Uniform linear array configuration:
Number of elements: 16
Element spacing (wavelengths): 0.75
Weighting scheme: binomial
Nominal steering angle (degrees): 45
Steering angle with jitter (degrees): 43.47
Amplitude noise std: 0.05
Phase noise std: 0.05

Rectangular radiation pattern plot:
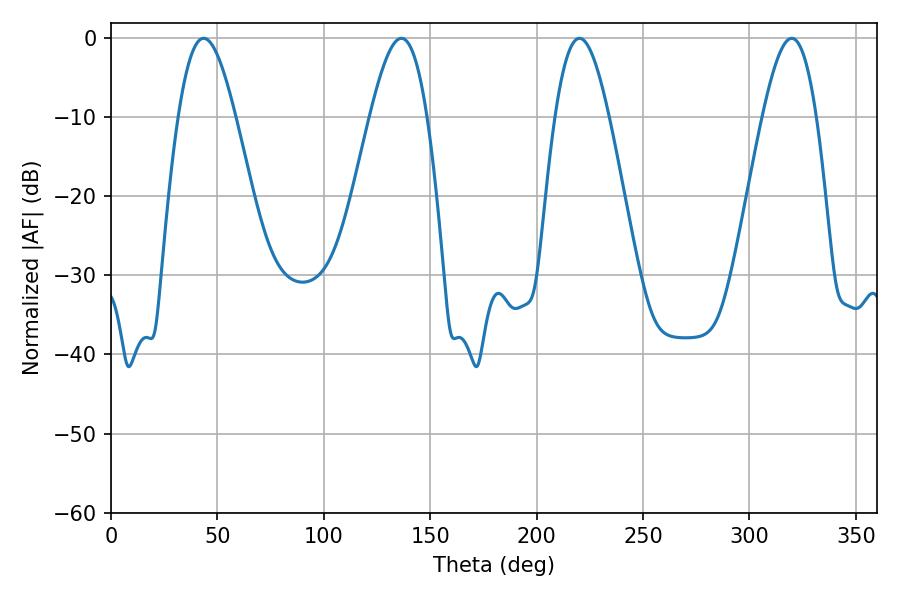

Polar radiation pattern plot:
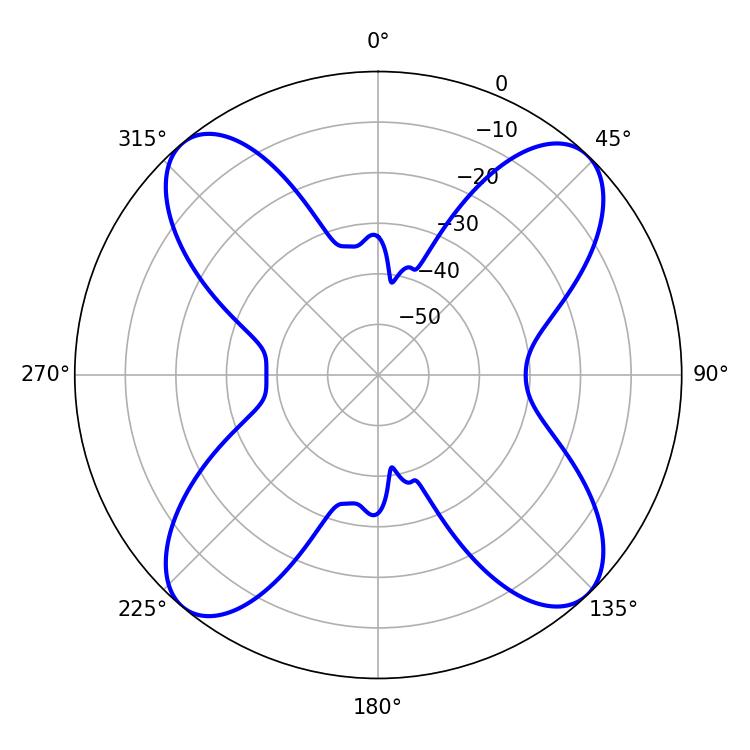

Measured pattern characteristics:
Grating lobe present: TRUE
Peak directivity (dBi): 16.315
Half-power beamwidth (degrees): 13.68
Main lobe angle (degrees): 220.14